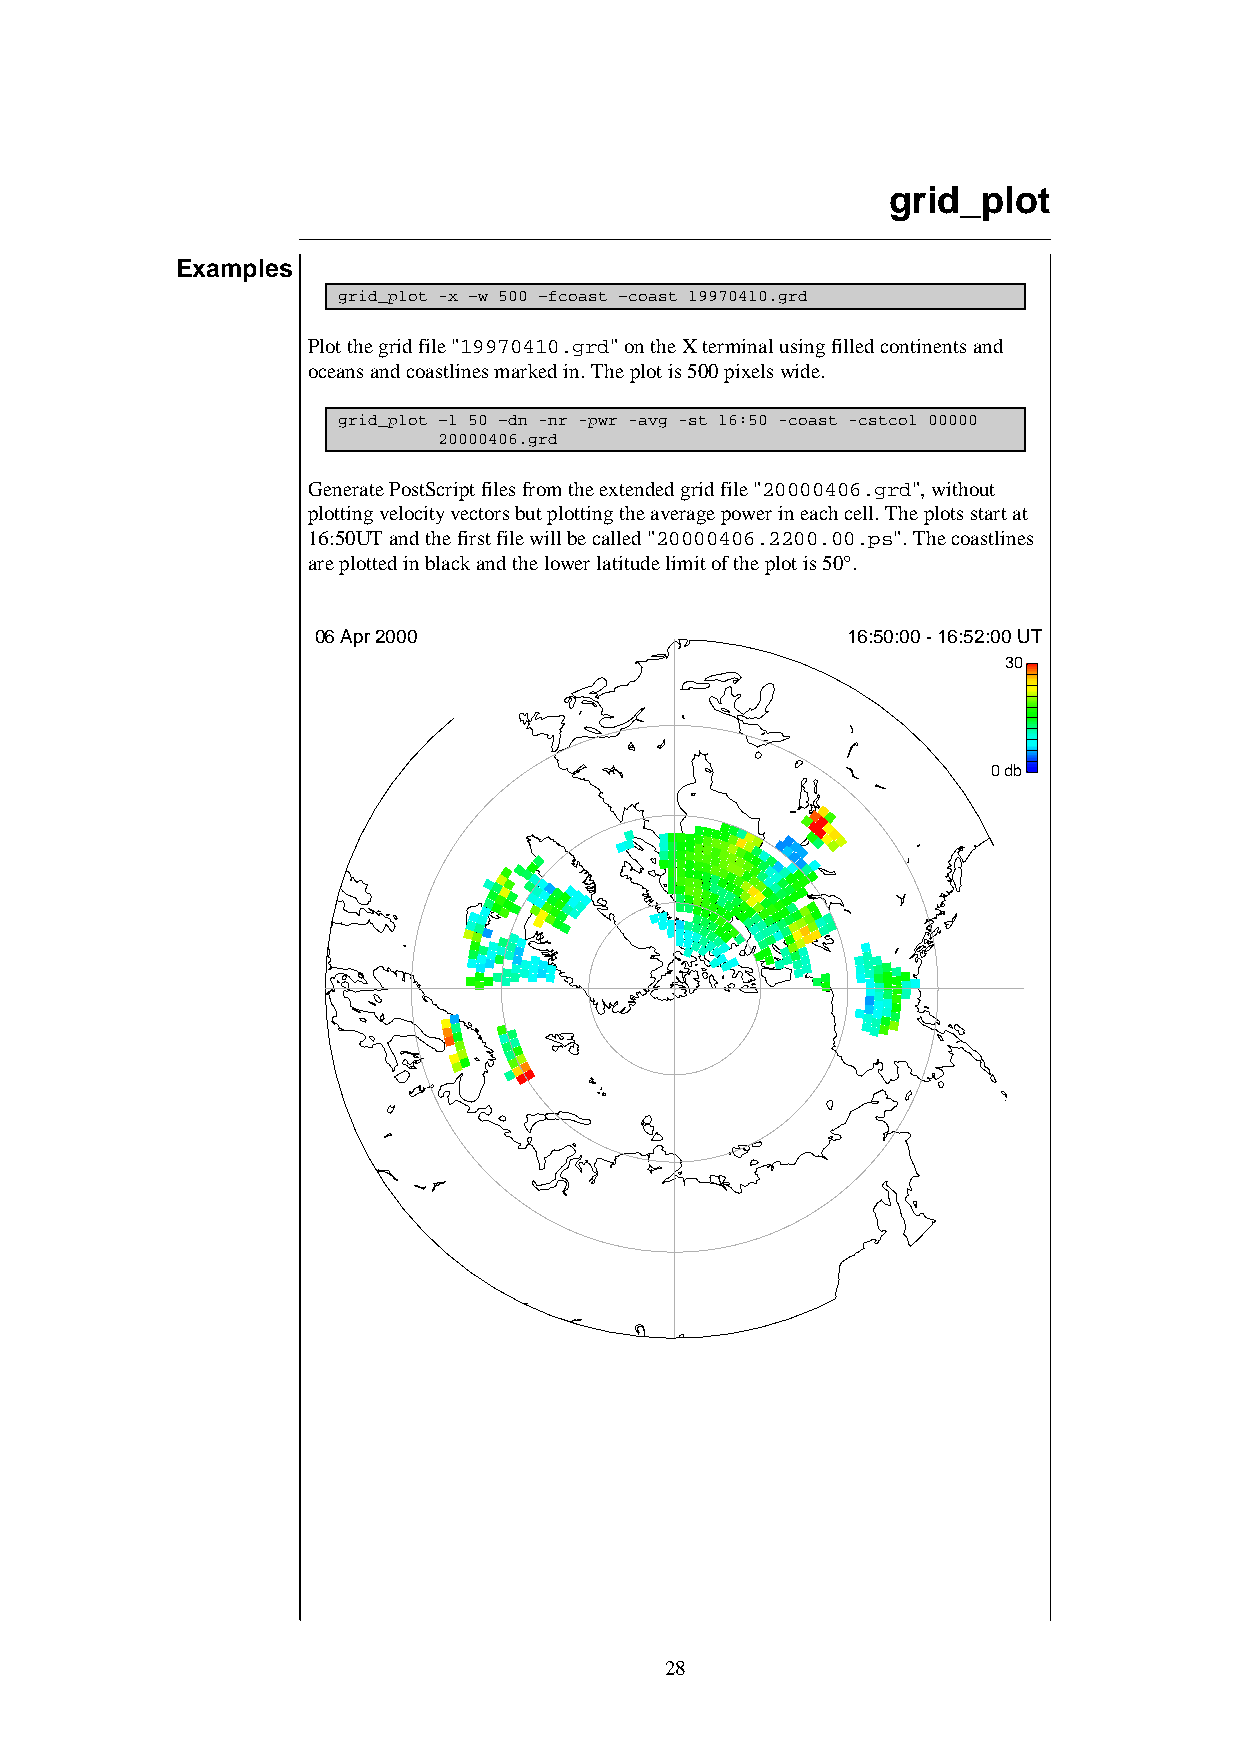
grid_plot
 Examples
 grid_plot -x –w 500 –fcoast –coast 19970410.grd
 Plot the grid file "19970410.grd" on the X terminal using filled continents and
 oceans and coastlines marked in. The plot is 500 pixels wide.
 grid_plot –l 50 –dn -nr -pwr -avg -st 16:50 -coast -cstcol 00000
 20000406.grd
 Generate PostScript files from the extended grid file "20000406.grd", without
 plotting velocity vectors but plotting the average power in each cell. The plots start at
 16:50UT and the first file will be called "20000406.2200.00.ps". The coastlines
 are plotted in black and the lower latitude limit of the plot is 50°.
 06 Apr 2000                        16:50:00 - 16:52:00 UT
 30
 0 db
 28